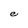
Character: e